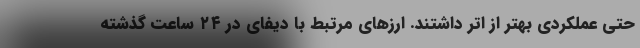
حتی عملکردی بهتر از اتر داشتند. ارزهای مرتبط با دیفای در ۲۴ ساعت گذشته